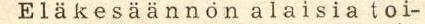
E l ä k e s ä ä n n ö n  a l a i s i a  toi-